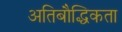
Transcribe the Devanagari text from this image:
अतिबौद्धिकता